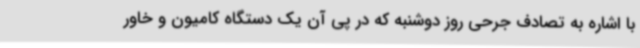
با اشاره به تصادف جرحی روز دوشنبه که در پی آن یک دستگاه کامیون و خاور